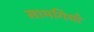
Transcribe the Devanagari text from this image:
सामगियाँ